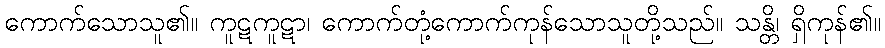
ကောက်သောသူ၏။ ကူဋကူဋာ၊ ကောက်တုံ့ကောက်ကုန်သောသူတို့သည်။ သန္တိ၊ ရှိကုန်၏။